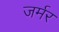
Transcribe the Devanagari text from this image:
जर्मर